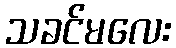
သခင်မလေး